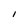
Character: I